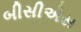
બીસીએસ